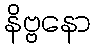
နိဗ္ဗနော